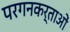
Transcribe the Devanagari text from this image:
परगनकर्ताओं